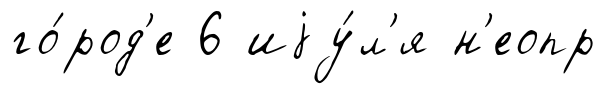
го́род'е 6 иjу́л'я н'еопр